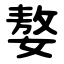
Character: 嫯